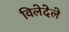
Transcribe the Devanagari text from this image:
विलेदेले